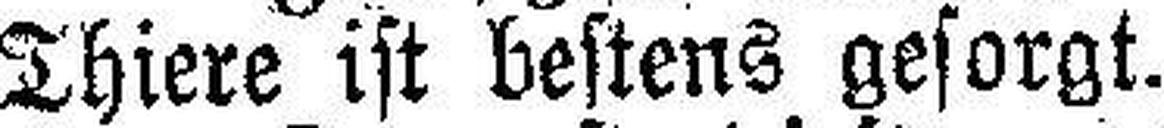
Thiere ist bestens gesorgt.